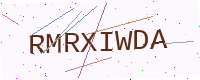
Text: RMRXIWDA